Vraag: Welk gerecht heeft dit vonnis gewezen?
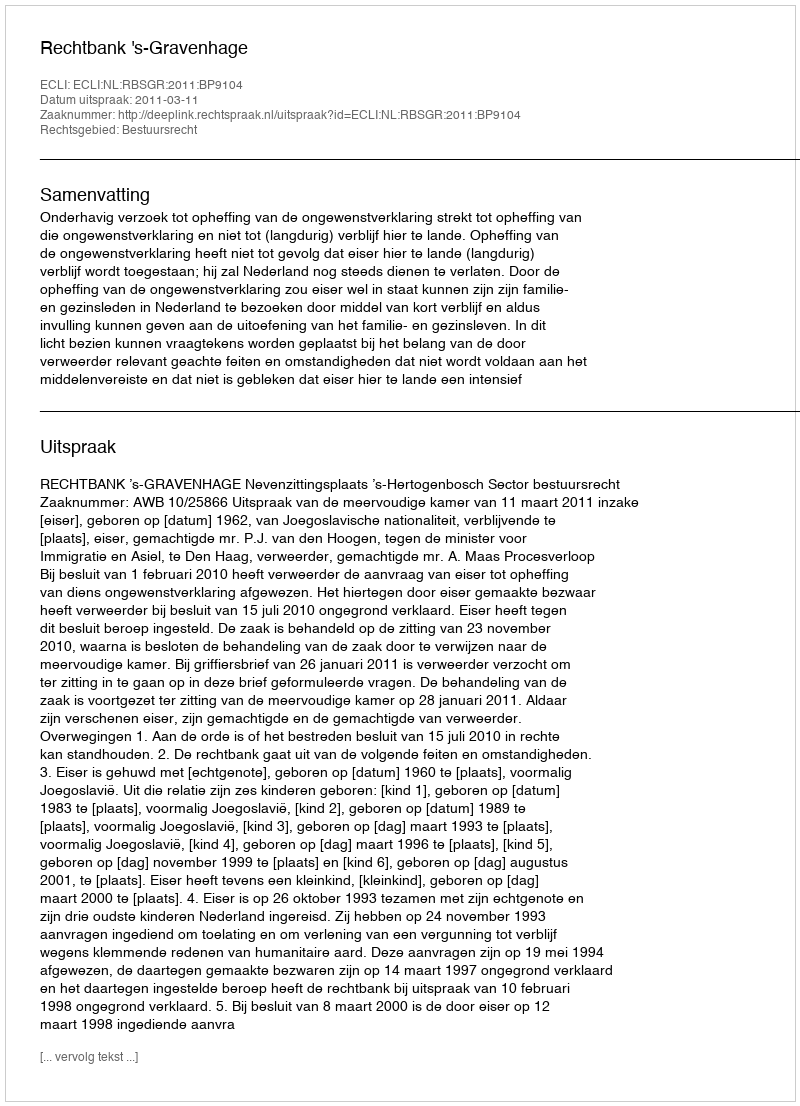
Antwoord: Rechtbank 's-Gravenhage